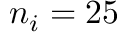
n _ { i } = 2 5